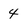
Character: 4